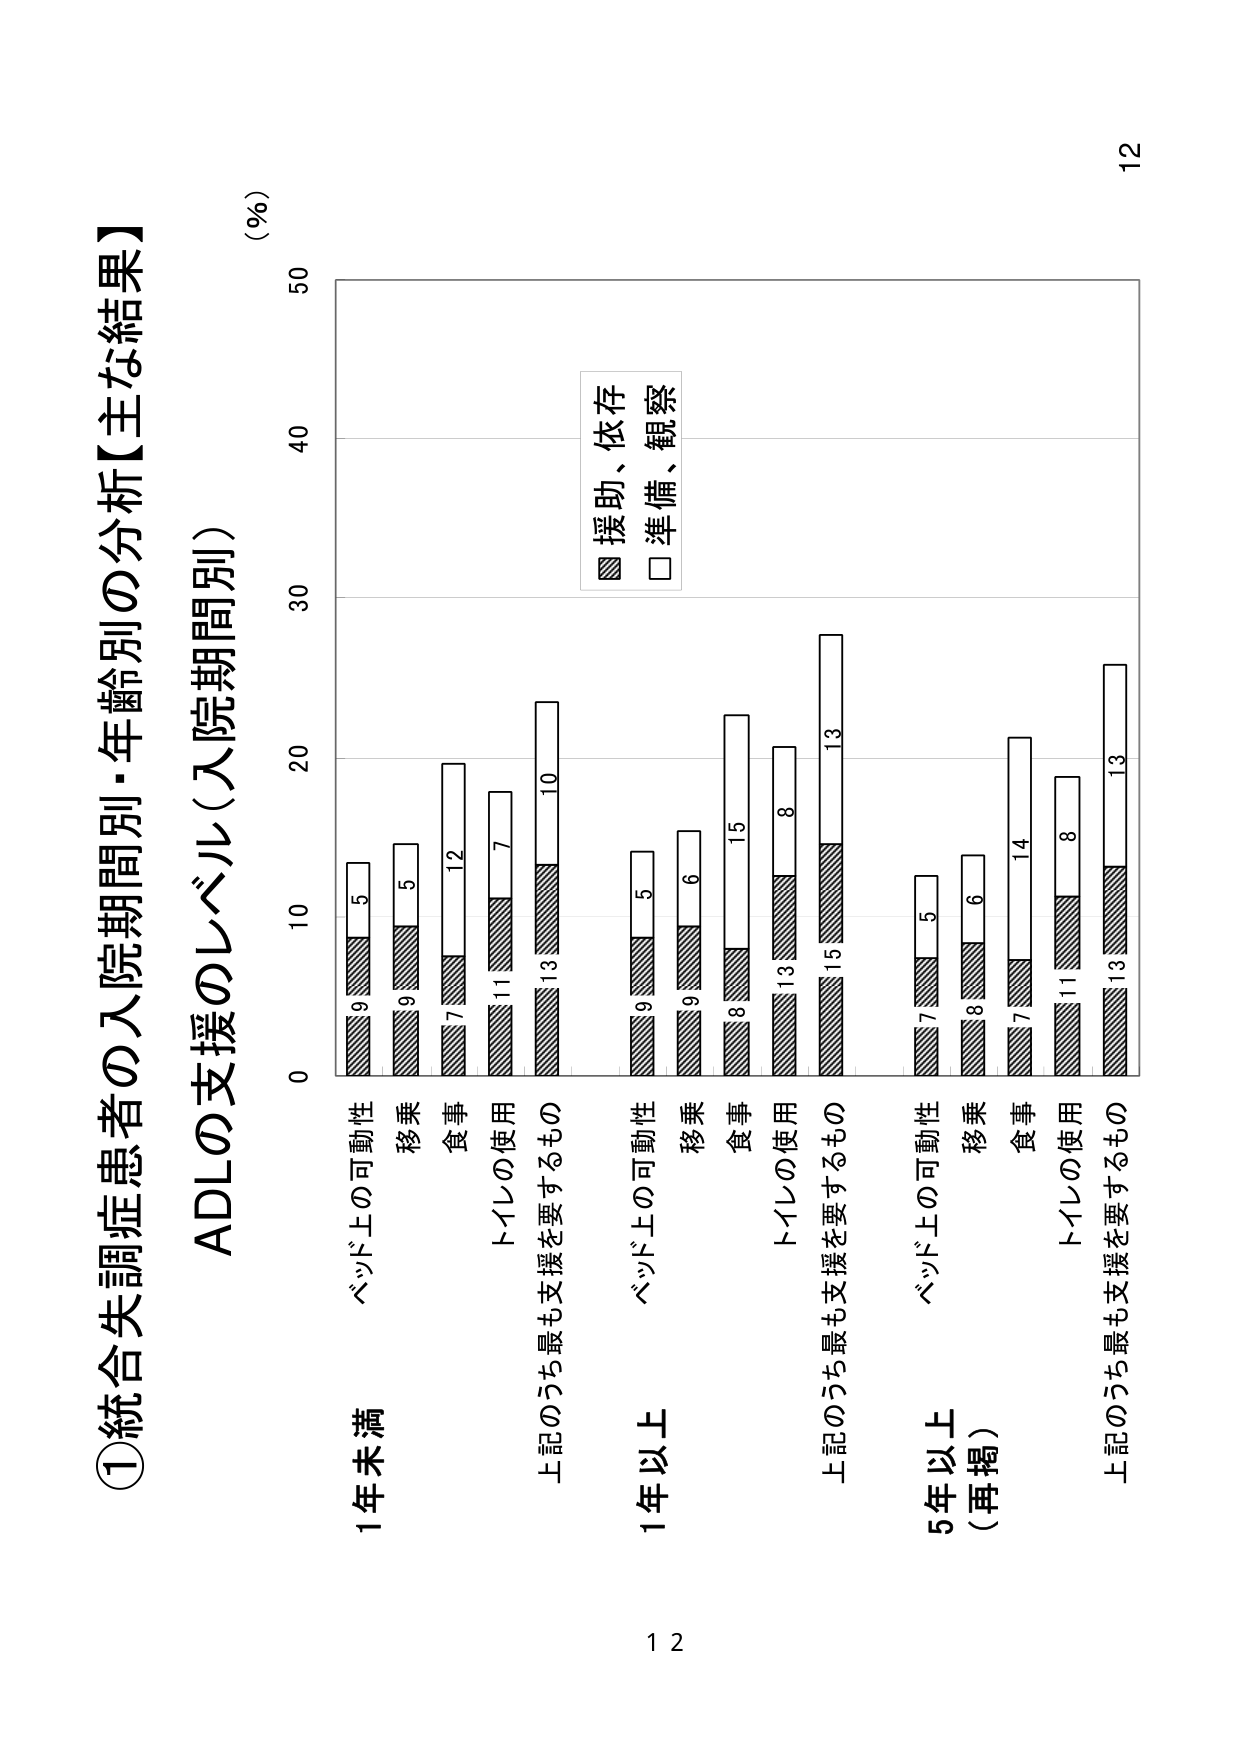
①統合失調症患者の入院期間別・年齢別の分析【主な結果】

ADLの支援のレベル（入院期間別）

（％）
50
40
30
20
10
0

1年未満
ベッド上の可動性
9 5
移乗
9 5
食事
7 12
トイレの使用
11 7
上記のうち最も支援を要するもの
13 10

1年以上
ベッド上の可動性
9 5
移乗
9 6
食事
8 15
トイレの使用
13 8
上記のうち最も支援を要するもの
15 13

5年以上
（再掲）
ベッド上の可動性
7 5
移乗
8 6
食事
7 14
トイレの使用
11 8
上記のうち最も支援を要するもの
13 13

■ 援助、依存
□ 準備、観察

12